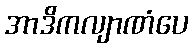
အာဒိကလျာဏံပေ